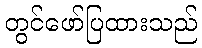
တွင်ဖော်ပြထားသည်